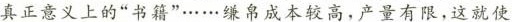
真正意义上的“书籍”..……嫌帛成本较高，产量有限，这就使